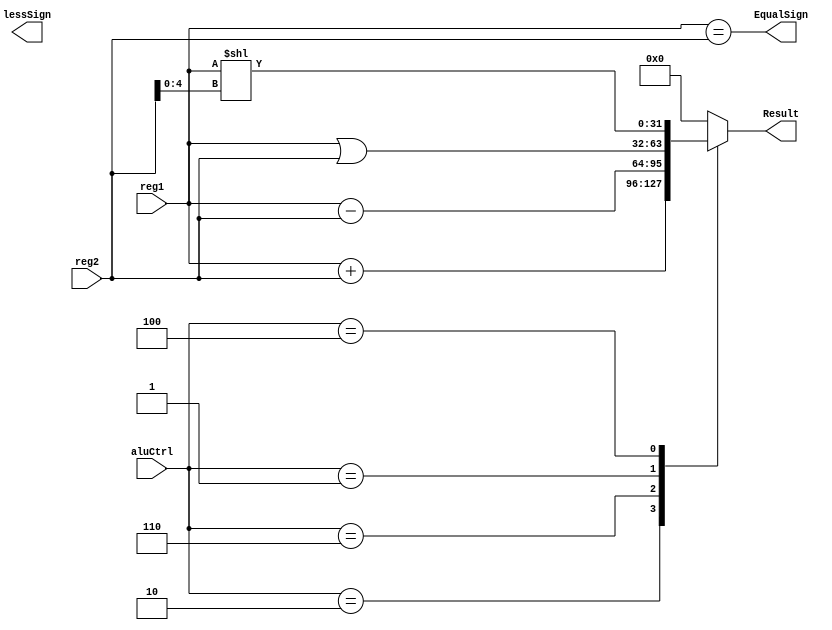
`timescale 1ns / 1ps
//////////////////////////////////////////////////////////////////////////////////
// Company: 
// Engineer: 
// 
// Design Name: 
// Module Name:    ALU 
// Project Name: 
// Target Devices: 
// Tool versions: 
// Description: 
//
// Dependencies: 
//
// Revision: 
// Revision 0.01 - File Created
// Additional Comments: 
//
//////////////////////////////////////////////////////////////////////////////////
module ALU(
    input [31:0] reg1,
    input [31:0] reg2,
    input [3:0] aluCtrl,
    output reg[31:0] Result,
    output EqualSign,
    output lessSign
    );

    assign EqualSign = (reg1 == reg2);
    
    always @(*) begin
        case (aluCtrl)
            4'b0010: begin
                Result = reg1 + reg2;
            end
            4'b0110: begin
                Result = reg1 - reg2;
            end
            4'b0001: begin 
                Result = reg1 | reg2;
            end
            4'b0100: begin 
                Result = reg1 << (reg2[4:0]);
            end
            default: begin
                Result = 0;
            end
        endcase
    end



endmodule